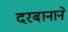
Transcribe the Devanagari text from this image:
दरबानाने